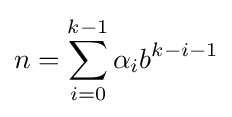
n=\sum _{i=0}^{k-1}\alpha _{i}b^{k-i-1}